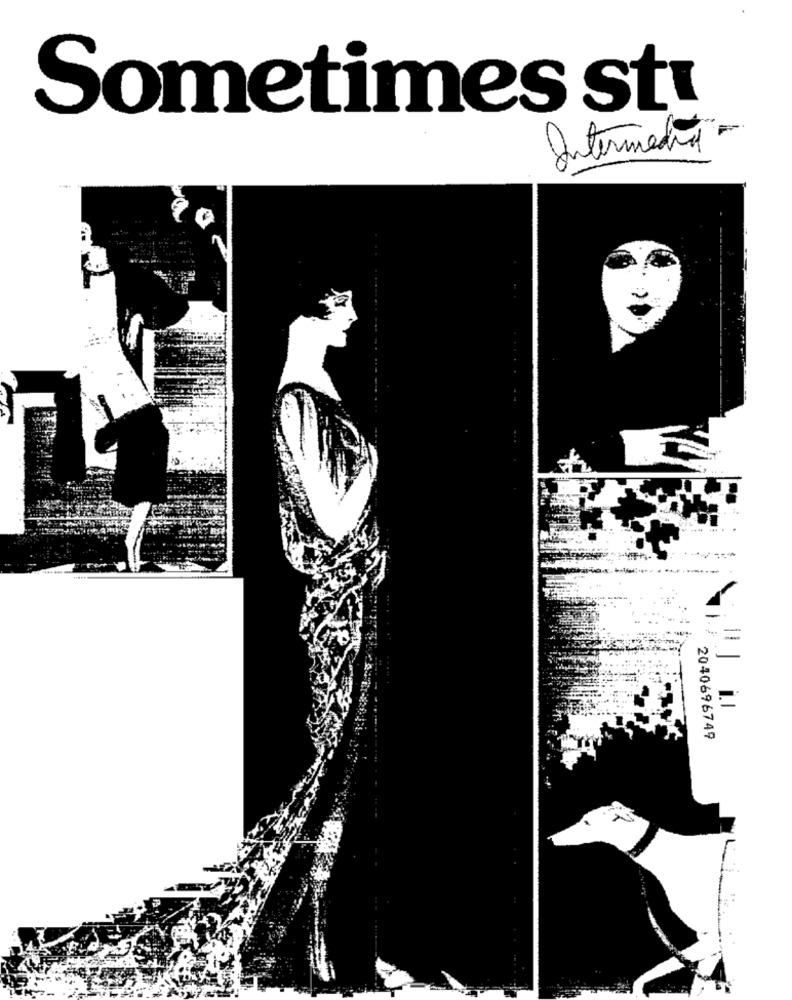
Sometimes stu
Intermedia
1.
2040696749